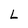
Character: L